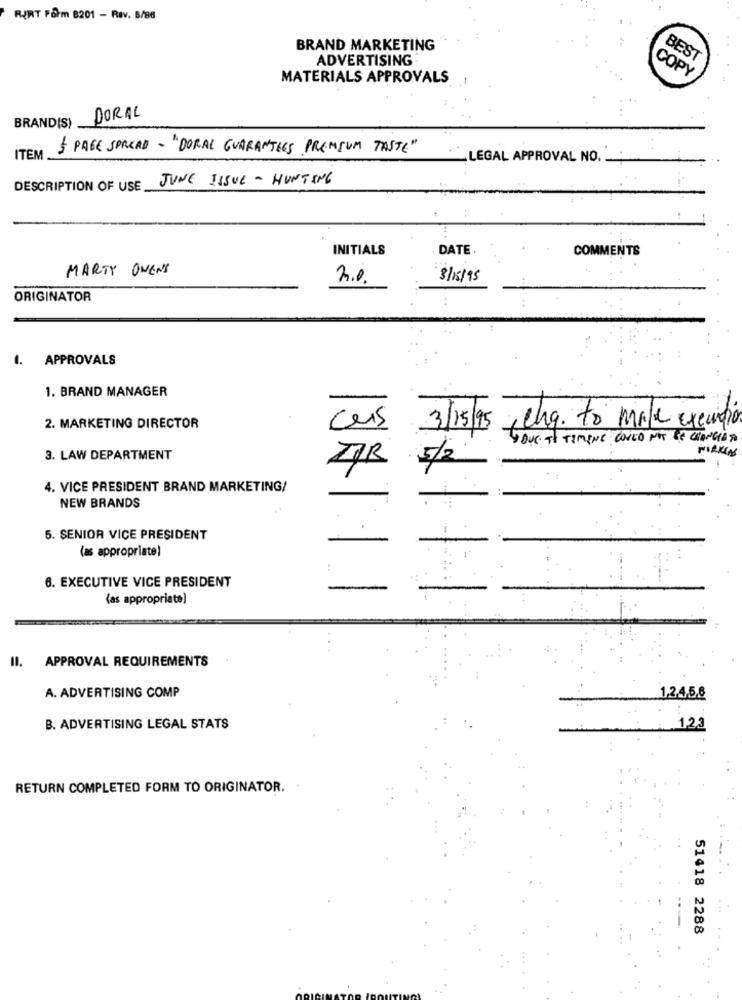
RIKT Form 8201 - Rev. 6/86
BRAND MARKETING
ADVERTISING
BEST
COPY
MATERIALS APPROVALS
DORAL
BRANDIS)
$ PAGE SPREAD - "DORAL GUARANTEES PREMIUM TASTE"
ITEM
LEGAL APPROVAL NO.
JUNE ISSUE - HUNTING
DESCRIPTION OF USE
INITIALS
DATE
COMMENTS
MARTY OVENS
2.0.
8/15/95
ORIGINATOR
1. APPROVALS
1. BRAND MANAGER
2. MARKETING DIRECTOR
aus
3/15/95
eng. to make excurio
YOUC TO TIMENE COVED NOT BE CHANGEDTO
MIRKENS
3. LAW DEPARTMENT
5/2
7/B
4. VICE PRESIDENT BRAND MARKETING/
NEW BRANDS
i
5. SENIOR VICE PRESIDENT
(as appropriate)
6. EXECUTIVE VICE PRESIDENT
(as appropriate]
II. APPROVAL REQUIREMENTS
A. ADVERTISING COMP
1,2,4,5,6
B. ADVERTISING LEGAL STATS
1,2,3
RETURN COMPLETED FORM TO ORIGINATOR.
51418 2288